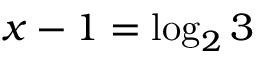
x - 1 = \log _ { 2 } 3